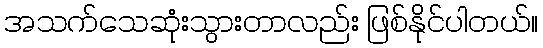
အသက်သေဆုံးသွားတာလည်း ဖြစ်နိုင်ပါတယ်။